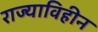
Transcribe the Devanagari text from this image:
राज्याविहीन